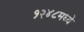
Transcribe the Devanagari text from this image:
१२४८मध्ये